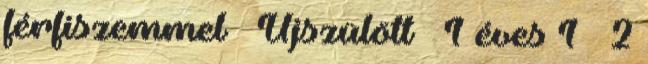
férfiszemmel ↓ Újszülött – 1 éves 1 – 2